Calcutta medical institutions reports 1879-81 [i.e.91]
Year: 1879
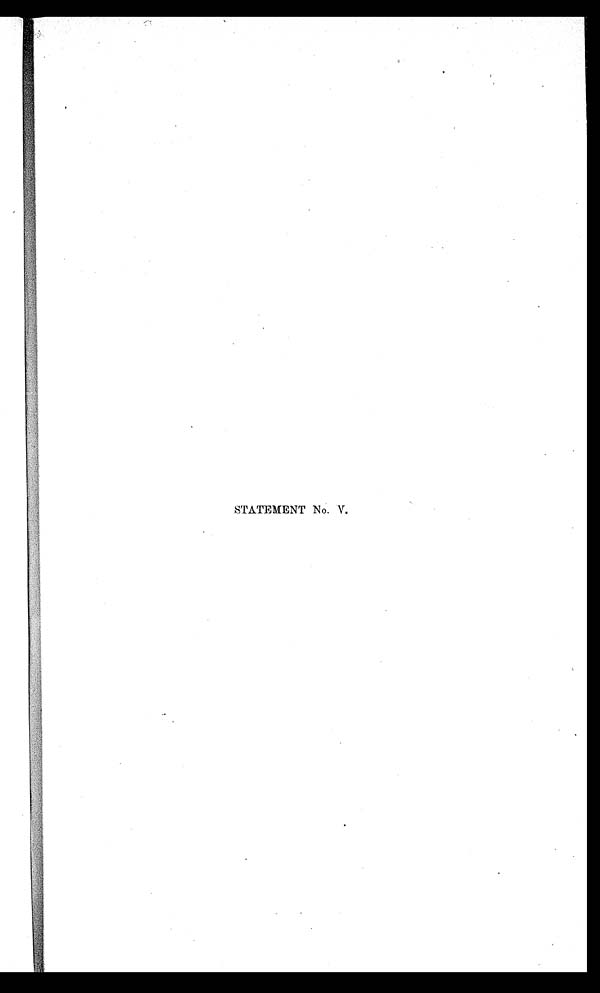
STATEMENT No. V.